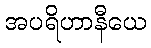
အပရိဟာနီယေ